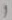
Text: 1